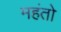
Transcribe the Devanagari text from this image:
महंतो